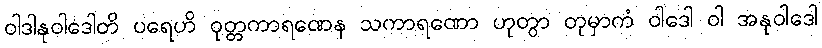
ဝါဒါနုဝါဒေါတိ ပရေဟိ ဝုတ္တကာရဏေန သကာရဏော ဟုတွာ တုမှာကံ ဝါဒေါ ဝါ အနုဝါဒေါ